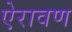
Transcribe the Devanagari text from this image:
ऐरावण